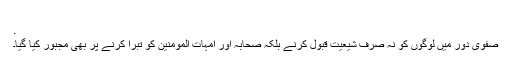
.
صفوی دور میں لوگوں کو نہ صرف شیعیت قبول کرنے بلکہ صحابہ اور امہات المومنین کو تبرا کرنے پر بھی مجبور کیا گیا۔